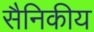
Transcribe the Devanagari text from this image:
सैनिकीय